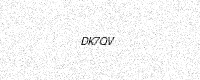
Text: DK7QV